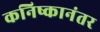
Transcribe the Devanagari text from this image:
कनिष्कानंतर